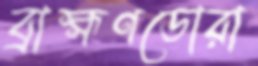
ব্রাহ্মণডোরা